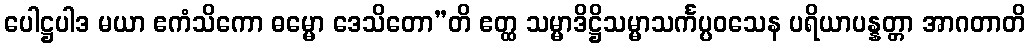
ပေါဋ္ဌပါဒ မယာ ဧကံသိကော ဓမ္မော ဒေသိတော”တိ ဧတ္ထ သမ္မာဒိဋ္ဌိသမ္မာသင်္ကပ္ပဝသေန ပရိယာပန္နတ္တာ အာဂတာတိ